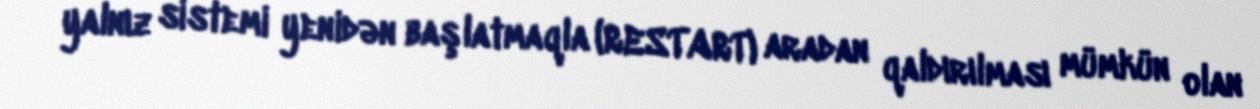
yalnız sistemi yenidən başlatmaqla (RESTART) aradan qaldırılması mümkün olan